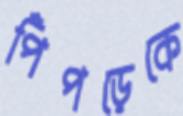
পিঁপড়েকে